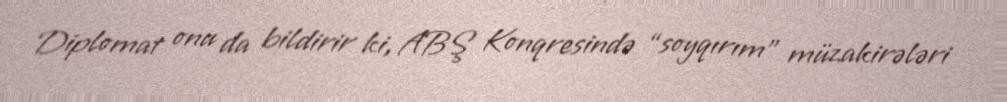
Diplomat onu da bildirir ki, ABŞ Konqresində “soyqırım” müzakirələri